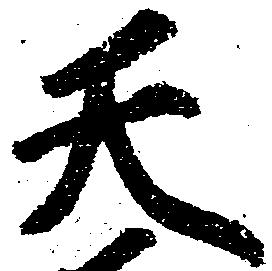
天